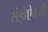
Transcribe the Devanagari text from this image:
संज्ञेऐवजी